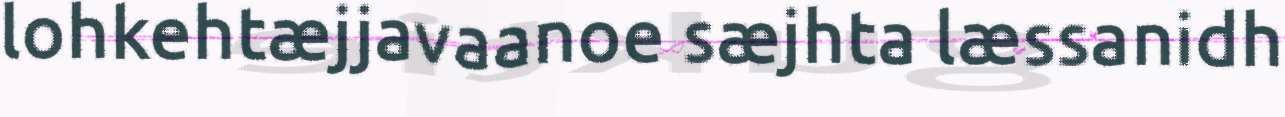
lohkehtæjjavaanoe sæjhta læssanidh